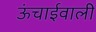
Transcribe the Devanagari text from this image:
ऊंचाईवाली